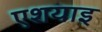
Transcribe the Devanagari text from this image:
एशयाइ